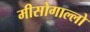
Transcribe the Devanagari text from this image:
मीसोगाल्लो